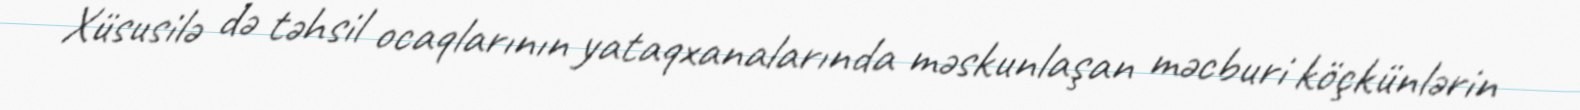
Xüsusilə də təhsil ocaqlarının yataqxanalarında məskunlaşan məcburi köçkünlərin